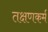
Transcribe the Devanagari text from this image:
तक्षणकर्म